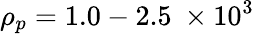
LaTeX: \rho_{p}=1.0-2.5\ \times 10^{3}